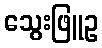
သွေးဖြူဥ